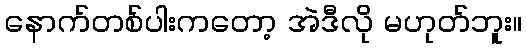
နောက်တစ်ပါးကတော့ အဲဒီလို မဟုတ်ဘူး။